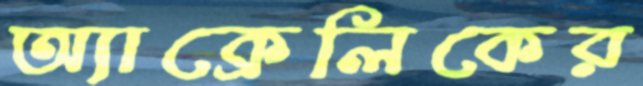
অ্যাক্রেলিকের